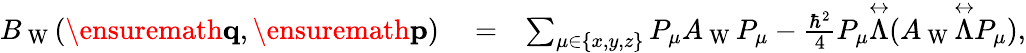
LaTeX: \begin{array}{rlr}{B_{\mathrm{~W~}}(\ensuremath{\mathbf{q}},\ensuremath{\mathbf{p}})}&{{}=}&{\sum_{\mu\in\{ x,y,z\} }P_{\mu}A_{\mathrm{~W~}}P_{\mu}-\frac{\hbar^{2}}{4}P_{\mu}\overset\leftrightarrow{\Lambda}(A_{\mathrm{~W~}}\overset\leftrightarrow{\Lambda}P_{\mu}),}\end{array}